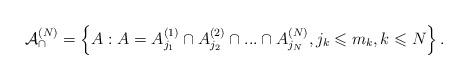
LaTeX: \begin{align*}\mathcal{A}_{\cap}^{(N)}=\left\{ A:A=A_{j_{1}}^{(1)}\cap A_{j_{2}}^{(2)}\cap...\cap A_{j_{N}}^{(N)},j_{k}\leqslant m_{k},k\leqslant N\right\}.\end{align*}